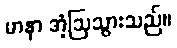
မာနာ အံ့ဩသွားသည်။